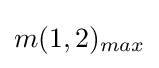
m(1,2)_{max}